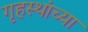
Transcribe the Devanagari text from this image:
गृहस्थांच्या